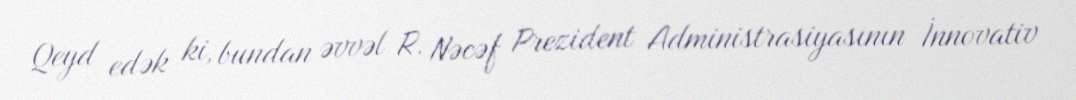
Qeyd edək ki, bundan əvvəl R. Nəcəf Prezident Administrasiyasının İnnovativ